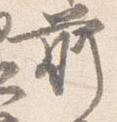
前